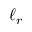
\ell _ { r }